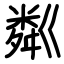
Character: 粼